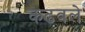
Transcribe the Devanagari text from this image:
कढवले